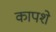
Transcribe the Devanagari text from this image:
कापशे